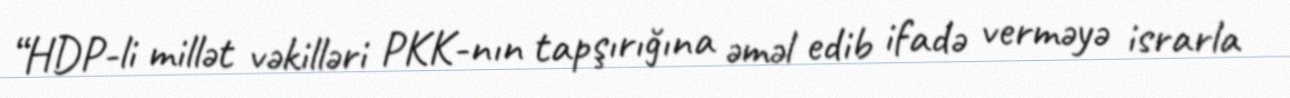
“HDP-li millət vəkilləri PKK-nın tapşırığına əməl edib ifadə verməyə israrla